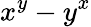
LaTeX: x^{y}-y^{x}